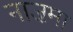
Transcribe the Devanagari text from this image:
नाज़मा